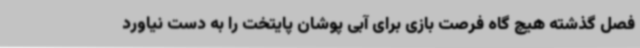
فصل گذشته هیچ گاه فرصت بازی برای آبی پوشان پایتخت را به دست نیاورد